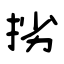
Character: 挘